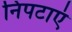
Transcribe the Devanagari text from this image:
निपटाएं